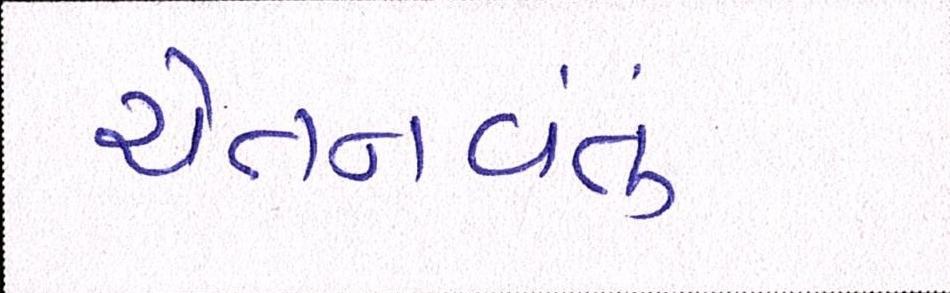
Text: ચેતનવંતું